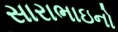
સારાભાઇનો